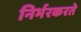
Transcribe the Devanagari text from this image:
निर्भरकरते